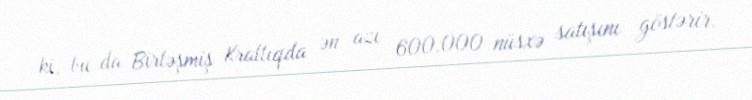
ki, bu da Birləşmiş Krallıqda ən azı 600.000 nüsxə satışını göstərir.